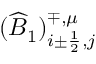
( \widehat B _ { 1 } ) _ { i \pm \frac { 1 } { 2 } , j } ^ { \mp , \mu }